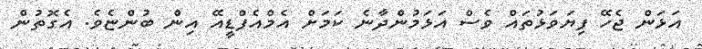
އަޅަން ޖެހޭ ފިޔަވަޅުތައް ވެސް އަޅަމުންދާނެ ކަމަށް އެމްއެފްޑީއޭ އިން ބުންޏެވެ. އެގޮތުން